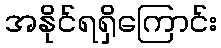
အနိုင်ရရှိကြောင်း